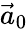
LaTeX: {\vec{a}}_{0}